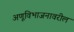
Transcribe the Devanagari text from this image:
अणूविभाजनावरील